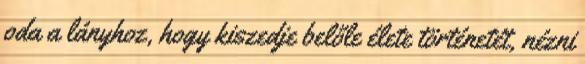
oda a lányhoz, hogy kiszedje belőle élete történetét, nézni